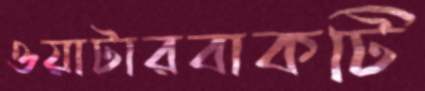
ওয়াটারবাকটি